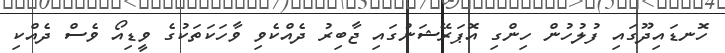
ހޮނޑައިދޫގައި ފުލުހުން ހިންގި އޮޕަރޭޝަނުގައި ޖާބިރު ދެއްކެވި ވާހަކަތަކުގެ ވީޑިއޯ ވެސް ދެއްކި